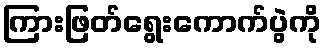
ကြားဖြတ်ရွေးကောက်ပွဲကို